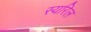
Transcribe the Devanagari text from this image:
स्यरिल